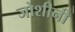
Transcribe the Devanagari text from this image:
जोशीनी